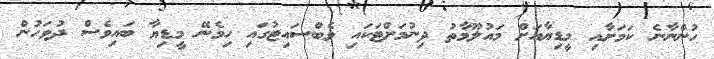
ހުންނާނެ ކަމަށާއި މީޑިޔާއަށް މައުލޫމާތު ދިނުމަށްޓަކައި ވެބްސައިޓުގައި ހިމެނޭ މީޑިޔާ ބައިވެސް ދުވަހުން